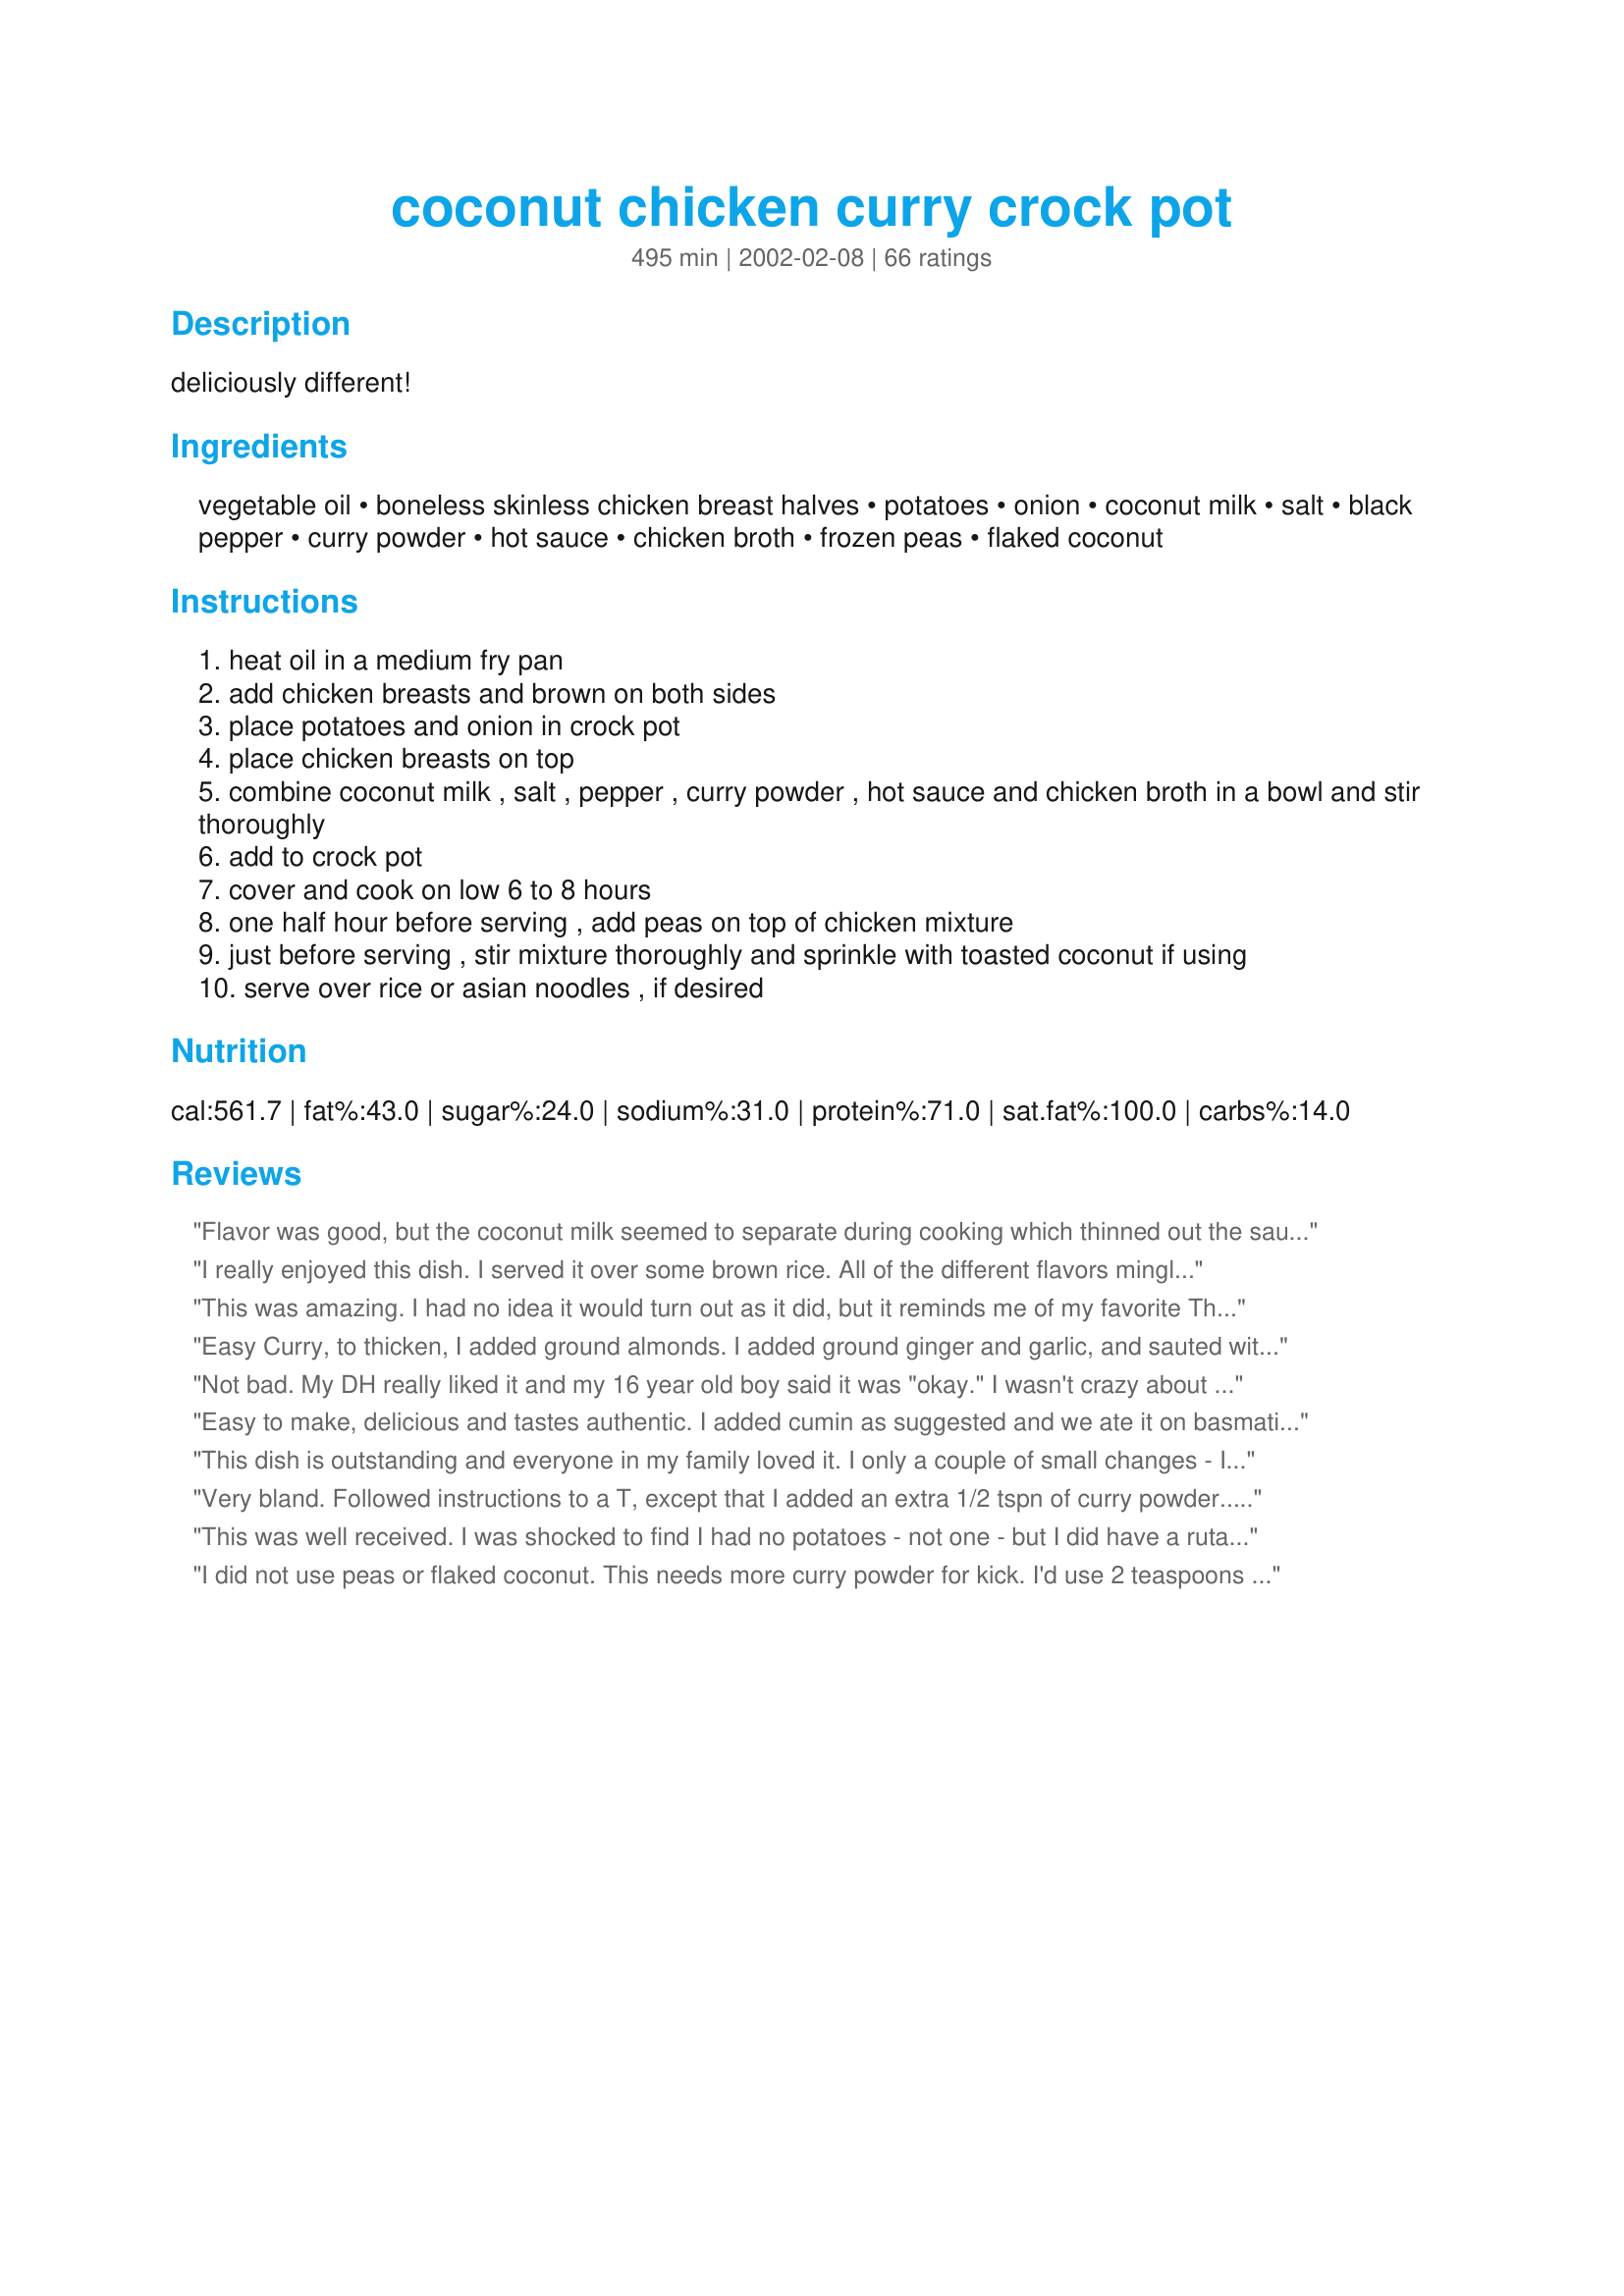
coconut chicken curry crock pot
Preparation time: 495 minutes

deliciously different!

Ingredients:
vegetable oil, boneless skinless chicken breast halves, potatoes, onion, coconut milk, salt, black pepper, curry powder, hot sauce, chicken broth, frozen peas, flaked coconut

Steps:
heat oil in a medium fry pan
add chicken breasts and brown on both sides
place potatoes and onion in crock pot
place chicken breasts on top
combine coconut milk , salt , pepper , curry powder , hot sauce and chicken broth in a bowl and stir thoroughly
add to crock pot
cover and cook on low 6 to 8 hours
one half hour before serving , add peas on top of chicken mixture
just before serving , stir mixture thoroughly and sprinkle with toasted coconut if using
serve over rice or asian noodles , if desired

Reviews:
Flavor was good, but the coconut milk seemed to separate during cooking which thinned out the sauce and made if funny looking. Maybe I had bad milk??
I make a couple substitutions, sweet potatoes instead of potatoes and added fish sauce and some brown sugar. Like I said, flavor was good & will probably make again.
I really enjoyed this dish. I served it over some brown rice. All of the different flavors mingle really well plus the toasted coconut sprinkled on the top was a nice goodie too. The chicken was very tender. It started falling apart when I was dishing it up.
This was amazing. I had no idea it would turn out as it did, but it reminds me of my favorite Thai dish ... Coconut Chicken Curry Soup ... a staple at most Thai restaurants. I can't wait until the next time I make it. I will omit the onion and potatoes and use green onion instead, cut the chicken into thin strips, add whole button mushrooms and a bit of lemon grass. Thank you ever so much! What a fabulous discovery ;)
Easy Curry, to thicken, I added ground almonds. I added ground ginger and garlic, and sauted with the onions and spices in chili oil prior to adding to the coconut milk. Made a more traditional curry that way. I also omitted the potatos and peas, and added 1 can tomato sauce about 1/2 hour before done.
Not bad. My DH really liked it and my 16 year old boy said it was "okay." I wasn't crazy about it, but heated it up the next day with some Siracha sauce and added brown rice and it was yummy! The liquid had thickened up and wasn't as runny by then...Also, the flavors melded together by then. I would add a LOT more curry the next time I make it....you could barely taste it, but maybe because I didn't use a really good brand of it? It's not as bland with the hot sauce
Easy to make, delicious and tastes authentic. I added cumin as suggested and we ate it on basmati rice with coriander. Kids and hubby liked it and so did I. Next time will add more curry, cumin and hot sauce - because we like lots of flavor! Thanks for such and easy different dish.
This dish is outstanding and everyone in my family loved it. I only a couple of small changes - I used onion powder in place of the onion, two small white potatoes and two sweet potatoes, added 2 tablespoons of brown sugar and left out the "Optional" coconut. I and served it over basmati rice and everyone in my house loved it! It is so easy to throw together that it will be a regular in our house!
Very bland.
Followed instructions to a T, except that I added an extra 1/2 tspn of curry powder....
I can only taste the coconut flakes, but definitely not in the curry.
This was well received. I was shocked to find I had no potatoes - not one - but I did have a rutabaga, which worked quite nicely and added color. I also used edademe instead of peas. Used bone-in chicken thighs and drumsticks and closer to a tbl. of curry powder. I would have liked the sauce to be a bit thicker, and next time I may try reducing it a bit in a saucepan. Mine was done after about 4 hours, I would say. I generally time chicken dishes for between 4 to 6 hours in the crock, as I think they can get overdone otherwise.
I did not use peas or flaked coconut. This needs more curry powder for kick. I'd use 2 teaspoons curry powder instead.
This was a delicous mild and easy curry. I did add more hot sauce and also a green chopped chili. Just before serving I added a good handful of chopped fresh coriander.
i discovered this recipe a while ago and just now (as i'm getting ready to make again) realized that i haven't reviewed it yet. my family liked it with double the amount of "sauce", extra curry, no peas, add green peppers and carrots. instead of chicken i usually cook it up and throw in some shrimp at the end. reminds me of a dish at my favorite thai place.
Delicious -- which we enjoyed over rice. I was out of potatoes so I added two green peppers and a bit less hot sauce than listed. Thanks for sharing!
I have made this twice on the stove top. Once I used bone in breasts simmered for about 50 min, added peas at the end. The second time I made it with precooked chicken, simply browned the onions added the sauce ingredients heated to a low boil, added peas then added chicken and heated through. I left out the potatoes both times. A very good recipe, I love the chicken pea combination. Served over rice with extra Thai hot sauce. Perfect and easy.
I made this last night, and it was great! I would make a few changes though. I used 1 T of curry powder, which gave it just enough kick, but wasn't overwhelming. I used tapatio mexican hot sauce, because I wasn't sure which hot sauce was asked for in the recipe. 
I found the my chicken was a tad dry, and there was not enough suce, so next time I will use another can of cocnut milk, and a whole can of chicken broth, adjusting the seasonings as necessary.
All in all, it's a keepr, and I will definitely make this again!
I made this yesterday and it was definately a hit with the entire family - even my tots. It is just the right kind of spicey. Note - I did cut up the chicken into "bite sized" pieces and instead of hot sauce added 1 tsp Indian chilli powder. Served on 3 cups basmati rice seasoned with 2 tsp coriander powder. Fabulous! Thank you for posting this recipe!
We liked this very much! I made it as written except for the peas, simply because I didn't have any. As another reviewer said, don't leave out the coconut--it really adds something to the dish. I've been trying to use my crockpot more, and this recipe is definitely a keeper!
I was really excited about this recipe... everything turned out perfect but the potatoes did not cook WHATSOEVER! I kept it on for 8 hours, even turned the heat up to high for the last 3 hours bc I noticed the potatoes were still rock solid. Not sure what caused this as I followed the recipe perfectly. Used baby red potatoes which are usually great for slow cookers. Just warning you all to maybe cook the potatoes for a while longer than the remaining ingredients.
Wonderful recipe!!! This was my first time cooking in the crockpot and I am very happy I picked this recipe. I used chicken thighs and frozen green beans instead of peas because my hubby doesn't like peas. I cooked everything for 6-7 hours and added the green beans for the last half hour of cooking. Chicken was so juicy and tender it was falling apart before I had a chance to put it on the plate. Potatoes were melting in my mouth. I served it over jasmin rice but I didn't have to. It was delicious on it's own. Everything had a wonderful mild curry flavor. This is a keeper for me! Thank you Derf for sharing this great recipe!
Not a bad recipe. I think I hacked it up a bit unfortunately. I found it a wee bit runny but the flavor was nice. I messed around with my crockpot and cooking times, so it wasn't quite perfect!
It gets a three until I get it straight. Will make again, thanks very much.
Wow - we liked this a lot! It was so nice to have a crockpot recipe that was different from the norm. I noticed that many added cornstarch to thicken the sauce....so since I didn't brown the chicken - I added frozen chicken breasts - I knew the chicken would kick off moisture so I didn't add the chicken broth at all. Instead, I put some chicken bouillon (sp?). I did add the whole can of coconut milk and the end result was perfect. The consistency was just right. Thanks for a great recipe. We will definitely be making this again.
With a little bit of tweaking, this recipe was delicious! I added fish sauce, red bell peppers, and a few leaves of fresh basil, and did not put in the toasted coconut at the end, since my husband doesn't like shredded coconut. For hot sauce I used Lee Kum Kee's Guilin Chili Sauce (which is really more like a paste). I used 1 tsp in the recipe, but we ended up adding about another teaspoon to each serving at the table cause we like it hot. Oh, and I used red potatoes, and didn't peel them since I don't mind the skins.
Very tasty mild curry. I reduced the recipe down for two and used reduced fat coconut milk and it was great and very creamy. I almost wasn't going to add the peas but I'm glad I did as they add the perfect touch of colour and sweetness. I also added about 2 teaspoons of fish sauce and served over rice. Thanks!
Pretty good. This recipe is on the verge of something, but I haven't cooked enough Indian/curry dishes to sort it out. We halved the amount of chicken, and it was ready after about 2.5 hrs (on low). We added some cayenne, and some carrots, too. The peas and carrots were great. Maybe the recipe needs garlic? I'll try this again, and do some experimenting. Thanks, Derf!
i added a teaspoon of cornstarch at the end to make sauce thicker- a delicious meal!
I wanted to love this but, honestly, there was very little flavor to love. I was expecting something flavorful, exotic, rich (from the coconut milk) but I found it quite bland. I followed the recipe exactly and was disappointed, especially as this made quite a lot and now I have to either eat it for leftovers a couple of times or throw it out and waste my expensive chicken breasts.
This was a nice, different dinner for us. I used boneless skinless chicken thighs, but that was the only change I made. Served it with brown rice and steamed fresh veggies. Yum. I used 3 tsp curry and it didn't have any heat, so I think my curry may have been sitting in the cupboard too long. I will have to keep that in mind when I make this again.
Turned out really bland and followed the recipe to the letter. Chicken and potatoes were still very tender but I had a lot of leftovers :(
This was SO GOOD!!! I was out of potatoes so left those out but served this with Thai Coconut Rice #63446 and made my own Creamy Coconut Milk #26714 for both the rice and crockpot curry. This was one of the tastiest meals we have had a long time... the flavor was so good. We definitely will make again and thank you!!!!
My boyfriend and I really loved this. I added a bag of stir fry veggies at the end and doubled the curry powder - I would recommend going heavy on the spices, as when it is served over rice, this loses some of its potency. A shorter cook time may make for chicken that keeps more of its moisture. I think four hours would be plenty. Still, we thought this was great.
this was good, just not nearly as flavorful as i expected...my only substitutions - i used a can of sliced potatoes and did not fry the chicken - which i liked better, because the chicken stayed moist and flaked apart at the end
This recipe is delicious! I added 1 teaspoon of sugar to the curry sauce, because I like curries a little on the sweet side. My family loved it, and I also made it for a teacher's luncheon at my children's school. Several teachers asked for the recipe. It was so easy to prepare, yet provided a perfect mix of complex flavors. Yum!
It was good. The chicken was very tender and juicy (which never seems to happen in the crock pot for me). However, it was a little bland. I will try again with more hot sauce next time.
I could not get over how delicious this recipe is! The chicken is tender, the flavor of the curry sauce is divine, and the texture of it all could not be better. I added a tablespoon of sugar to mine and served it over jasmine rice. I also used some chopped peanuts in addition to the toasted coconut as a topper. Wonderful!!
This is actually a typical recipe I use...I do like the addition of peas. and someone also added some raisins which could work. I have found that a good mild curry power...needs to be used in larger amounts than what is called for her. I use a Sweet curry, and for this recipe use 1 tablespoon in a bit of the coconut cream at the top of the can, in teh skillet to 'cook the curry powder (which is what I was taught to do by several Indian friends), then I add the chicken to brown it on both sides, and then follow the directions given here, but added another tablespoon of the sweet curry powder. For those who don't know, curry powders have very different flavors and 'heat' so you can choose whichever you like. In the last 10-20 minutes in the crockpot I stir in about 2 teaspoons of garam masala for an extra flavor...It is not to be cooked a long time. I also use a mild garam masala.. I make crockpot chicken curry year round in Florida...as on hot days served over rice it is really a great meal..(and the kitchen doesn't heat up).
I made this on the stove top since it was a Saturday and we were in a hurry for lunch :-) I didn't realize it but I was out of coconut milk!! That NEVER happens! So.. I mixed condensed milk, milk, and about 1/2 cup flaked coconut that I whirred in the food processor until it was as tiny as I could get it. I ended up adding a bit more curry powder than it calls for but we like things spicy. Much to my embarrassment I just noticed I forgot to add the peas when I made it!! Ooops! I think it would have come out MUCH better with coconut milk but it was still very good. It was sweet and tasty. Thank you so much for sharing it with us!
It was very good, I will make it again. However, I need to increase the curry and the hot sauce and add garlic to it because it was not spicy
Overall it was very good. I substituted low fat coconut milk. Big mistake! It just did not have that yummy coconut flavor I was hoping for. DH loved it, though and I will make it again only this time I'll use the fattening stuff!
Tried this for dinner last night and I have to say it's delicious!! I didn't have peas on hand but I added some fresh carrots and it was perfect.. I did add a little cornstarch about 30 minutes before it was done and it was just right..served it over basmati rice.. Thank you for sharing this recipe, I will make it again for sure : )
I also made this on the stove, instead of regular vegetable oil I used Red Palm Oil (I think Virgin Coconut oil would be great here too). I added baby carrots and chopped celery and bell pepper instead of peas, and used some small red potatoes. And I used unsweetened coconut milk (some are sweetened), so I added some brown sugar to the dish to suit our taste. I do suspect that adding sugar probably makes this dish taste different than as intended, since I did not use hot sauce. I added some garlic salt and added 3 crushed garlic cloves to the onions. It was great and it actually tasted better the next day! The kids liked it too! Next time I will try it in the crock pot. Thanks for posting!
Easy to make. Much better with double the curry powder and drizzling with sriracha sauce after serving.
This is so good! I changed it up a bit to make it even easier and fit with what we eat. I used a 3# bag of frozen boneless skinless chicken breast, 3# of frozen green beans instead of peas, 3 sweet potatoes instead of white potatoes, omitted the chicken broth, and at least doubled everything else. I threw it all in the crock pot in the morning and by dinner it was delicious. Thanks for sharing the recipe!
This is a tasty recipe. The coconut milk and curry take the ho hum out of crock pot chicken recipes. This one is in my save file.
Wowzers!!! This was just fab! I've been looking for something a bit different to do in the crockpot, and this was perfect! Curry flavor was great, and cooking times were right on! thanks!!
Very easy and delicious!
This is a wonderful way to have curry for dinner on a weekday! I would have never thought to put it in the crockpot! Although, I use chicken thighs, increase the curry powder to 2 TABLEspoons, add a few diced carrots in the beginning, and green beans and raisins when I add the peas at the end. SCRUMPTIOUS!
This was very very bland. It didn't improve overnight either. I think if I had left out the chicken broth and added just some bouillon crystals instead, it might have been better. And maybe leave out the potatoes...they probably soaked up most of the flavor, but you couldn't taste it.
I have made this numerous times but I substitute butternut squash for potatoes and sugar snap peas or sheeled edamame for peas. I cook it down until the butternut squash melts in your mouth. Great for a fall stew.
Super bland. No taste at all. I am a big baby when it comes to spice and I ended up added straight curry powder to my meal to try and give it more flavor.
I loved it and give it a "5", but my husband would only give a "4" because he'd like it to have had more flavor. I didn't have any hot sauce, so maybe that's the kick he's looking for. I tend not to like spicy, and haven't had many curry dishes so to me this was rich and flavorful, a nice change from my usual chicken dishes. I'll kick it up a notch with the hot sauce next time and see how he rates it.
Made this on the stove and threw in some stir fry veggies in leiu of peas and potatoes. We had to add about four teaspoons of sugar to get it to our liking. Also, I added about fifteen ounces of pineapple tidbits (drained) Next time I'll try it with peas and potatoes and use a different curry powder (I used a homemade curry.)
Yum. Followed recipe and it turned out rather tasty. I've never made a curry before, wasn't expecting to be as soupy as it was. But nonetheless, a great dish served over jasmine rice.
This was great! Next time, I might add more veggies - maybe green beans. But other than that, excellent!
I followed the recipe exactly, except I used vegetable broth instead of chicken broth because it was what I had. It was good. When DH came home from work, he said it smelled amazing but when he tasted it he said it was bland. Next time I will use more curry powder and more salt and pepper. Overall a super easy and filling recipe that I will be trying again!
A few of the ingredients needed quite a bit of tweaking. I give it a 4-star with my rendition in mind. The recipe needs way more chicken and 1 potato less. I used boneless, skinless chicken thighs for mine. The recipe also needs way more salt than what is listed. The 1.5tsp of curry powder is not nearly enough. You need AT LEAST a few table spoons to get that nice, exotic taste. Also, I do not recommend putting "hot sauce" such as tabasco because it alters the taste. To get a nice heat to the dish, I recommend a few dashes of cayenne pepper. Mine turned out great with these changes.
Oh my gosh! This was fabulous! I had such a craving for chicken curry and this recipe totally satisfied it! I made a couple minor changes. I used olive oil instead of vegetable, two huge chicken breasts, extra potatoes. I didn't have frozen peas so I just added fresh torn spinach the last 20 minutes of cooking and I used no flaked coconut. I topped each persons bowl with unsalted peanuts and green onion. I cooked for 2-3 hours on stove. Such an easy recipe thank you!!
We really enjoyed this dish! I added spinach and also left out the potatoes. I'm new to cooking chicken but this came off without a hitch, even though I cooked it on the stovetop instead of in the crockpot. I also used light coconut milk and added some turmeric to brighten up the color a bit. Terrific adn easy recipe--we'll use this a lot, thanks!!
This was fairly well received in our house. The chicken should maybe be submerged - it wasn't in my large crockpot and the chicken dried out pretty bad. The sauce was rather thin and I may add some cornstarch next time to thicken it up. However, my boyfriend ate it the next day like a soup and loved it. Thank you for sharing.
Absolutely terrific. I followed the recipe as written and it was great. I suggest you do not leave out the toasted coconut. It just helps put this over the top. Thanks again Dorothy.
A great dish to come home to after a busy day at work. I did add about a tablespoon of fish sauce and a handful of coriander. Next time I will increase the hot sauce. Very kid friendly as both my DD's loved it. Thanks Derf :)
Made this tonight &amp; both me &amp; my hub LOVED IT! He even had a second plate. It definitely will go on rotation. I did double up on curry, salt &amp; pepper &amp; added red pepper flakes when I served it &amp; it came out perfect!
Wow, this is SO GOOD! I was very impressed that I could get such a delicious curry meal out of a crockpot. I added more curry (about 1 T) and dumped some pineapple (canned in juice, not syrup, and well drained) on top with the peas. Also, I prefer to serve the meal on cous cous as opposed to rice or noodles -- cous cous soaks up the extra juice and holds that yummy curry/coconut flavor much better. Thanks for the recipe!
I think the 1/2 tsp salt is an error. It seemed very low compared to the amount of salt I put into recipes of similar size, so I used a full tsp, which still seemed low, and it still was bland. Nor was the absence of other seasoning a problem as I used a heaping Tbs of curry, a tsp and a half of hot sauce, as well as the black pepper. Next time I'll use a tsp and a half or two tsps of salt. <br/><br/>I used a low fat coconut milk, because that's all Trader Joe's had. No doubt that affected the flavor as well, but I'm not going to change that until I get the salt level right, and may not change this at all. <br/><br/>Couple of other changes: (1) I got started too late in the day so I set the crock pot on high and cooked for 4 hours rather than low for 6-8. This worked out fine. (2) I used skinless, boneless thighs rather than breasts as I prefer the flavor and I get annoyed at our country's unwillingness to utilize the full chicken. My companion usually complains about chicken thighs--with the skin they can be greasy--but he did not complain at all in this case. Indeed, he did not seem to notice. (3) We went out and were not home when it was time to add the peas. I was actually going to use green beans, as pictured, but I didn't add either. Nor did I end up making rice or noodles, due to time constraints. <br/><br/>All this said, it was good enough and simple enough that I will try again.
The aroma was fascinating, afterwards, the chicken was moist and tender, the potatoes perfectly cooked HOWEVER, the flavor itself was totally bland. Tasted like coconut milk and that's about it. Had a hint of &quot;hotness&quot;. I was not impressed. Too plain for me. Marcy B
This was pretty good, but felt that the curry flavor was a little too mild. Next time I will try to add double the curry. And I also added in carrots and some cayenne pepper. I love using the crock pot and I love curry! I will definately make this again.
Outstanding! I served this recently to some very picky eaters and EVERYONE loved it! Even those who asked to have theirs served on the side ate every bite and asked for more. I cooked the onions and potatoes in a frying pan with some chicken broth before adding them to the crockpot (I donâ€™t like the texture of onions so I do this for every dish), I also added 16 ounces of peas, used large chicken breasts to feed 8 instead of 4, and included 1 teaspoon of Cholula brand hot sauce. Additionally, I made this two days before I actually ended up eating it. It was cooked on high in the crockpot for about 4 hours then turned to low where it was cooked another 30 minutes with the peas. I then popped the liner out of my crock-pot and into the fridge, when it was time to "heat and eat" I stuck it in the oven on 350 for about 35 minutes. Served with Grilled Naan and Basmati Rice. A perfectly wonderful meal!
